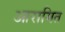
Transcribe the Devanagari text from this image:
आरामित